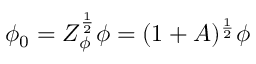
\phi _ { 0 } = Z _ { \phi } ^ { \frac { 1 } { 2 } } \phi = ( 1 + A ) ^ { \frac { 1 } { 2 } } \phi